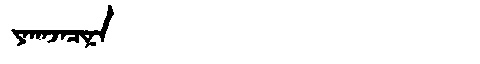
Manchu: ᠶᠠᡴᠠᠵᠠᠴᡳᠨᠠ
Romanization: YAKAJACINA